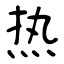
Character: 热